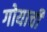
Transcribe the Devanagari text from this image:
गोयाची